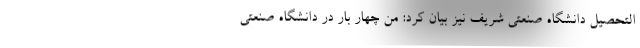
التحصیل دانشگاه صنعتی شریف نیز بیان کرد: من چهار بار در دانشگاه صنعتی